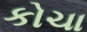
કોચા